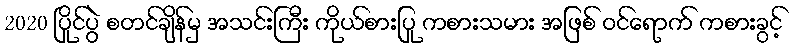
2020 ပြိုင်ပွဲ စတင်ချိန်မှ အသင်းကြီး ကိုယ်စားပြု ကစားသမား အဖြစ် ဝင်ရောက် ကစားခွင့်